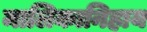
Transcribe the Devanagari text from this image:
मालिकानिहाय